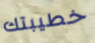
خطيبتك